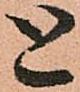
と